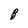
Character: 8